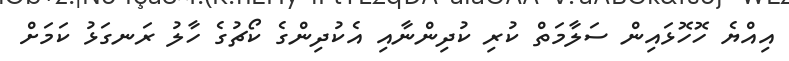
އިއްޔެ ހޮހޮޅައިން ސަލާމަތް ކުރި ކުދިންނާއި އެކުދިންގެ ކޯޗުގެ ހާލު ރަނގަޅު ކަމަށް